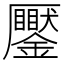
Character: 𠫎